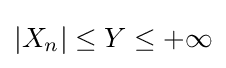
|X_{n}|\leq Y\leq +\infty